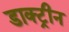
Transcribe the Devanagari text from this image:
डाक्ट्रीन